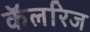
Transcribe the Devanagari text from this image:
कॅलरिज